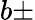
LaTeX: b\pm